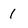
Character: 1